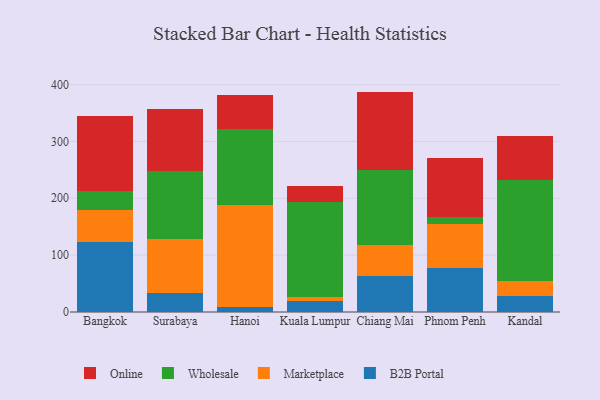
{"axis": {"x": "City", "y": "Backlog"}, "legend": ["B2B Portal", "Marketplace", "Online", "Wholesale"], "data": [{"x": "Bangkok", "y": 122.9, "type": "B2B Portal"}, {"x": "Bangkok", "y": 57.2, "type": "Marketplace"}, {"x": "Bangkok", "y": 33.1, "type": "Wholesale"}, {"x": "Bangkok", "y": 132.2, "type": "Online"}, {"x": "Surabaya", "y": 34.1, "type": "B2B Portal"}, {"x": "Surabaya", "y": 93.6, "type": "Marketplace"}, {"x": "Surabaya", "y": 119.7, "type": "Wholesale"}, {"x": "Surabaya", "y": 109.0, "type": "Online"}, {"x": "Hanoi", "y": 9.5, "type": "B2B Portal"}, {"x": "Hanoi", "y": 177.9, "type": "Marketplace"}, {"x": "Hanoi", "y": 134.6, "type": "Wholesale"}, {"x": "Hanoi", "y": 58.8, "type": "Online"}, {"x": "Kuala Lumpur", "y": 20.0, "type": "B2B Portal"}, {"x": "Kuala Lumpur", "y": 6.6, "type": "Marketplace"}, {"x": "Kuala Lumpur", "y": 167.3, "type": "Wholesale"}, {"x": "Kuala Lumpur", "y": 27.9, "type": "Online"}, {"x": "Chiang Mai", "y": 63.0, "type": "B2B Portal"}, {"x": "Chiang Mai", "y": 54.5, "type": "Marketplace"}, {"x": "Chiang Mai", "y": 132.8, "type": "Wholesale"}, {"x": "Chiang Mai", "y": 137.3, "type": "Online"}, {"x": "Phnom Penh", "y": 77.3, "type": "B2B Portal"}, {"x": "Phnom Penh", "y": 77.6, "type": "Marketplace"}, {"x": "Phnom Penh", "y": 11.8, "type": "Wholesale"}, {"x": "Phnom Penh", "y": 104.4, "type": "Online"}, {"x": "Kandal", "y": 27.5, "type": "B2B Portal"}, {"x": "Kandal", "y": 26.3, "type": "Marketplace"}, {"x": "Kandal", "y": 177.6, "type": "Wholesale"}, {"x": "Kandal", "y": 77.6, "type": "Online"}]}